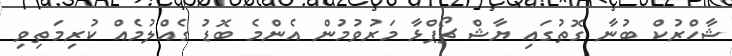
ޝާހްރުކް ބުނާ ގޮތުގައި ޔާޝް ޗޯޕްޅާ މަރުވުމުން އެންމެ ބޮޑު ގެއްލުމެއް ކުރިމަތިވި